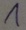
Text: 1